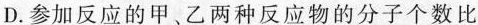
D.参加反应的甲、乙两种反应物的分子个数比